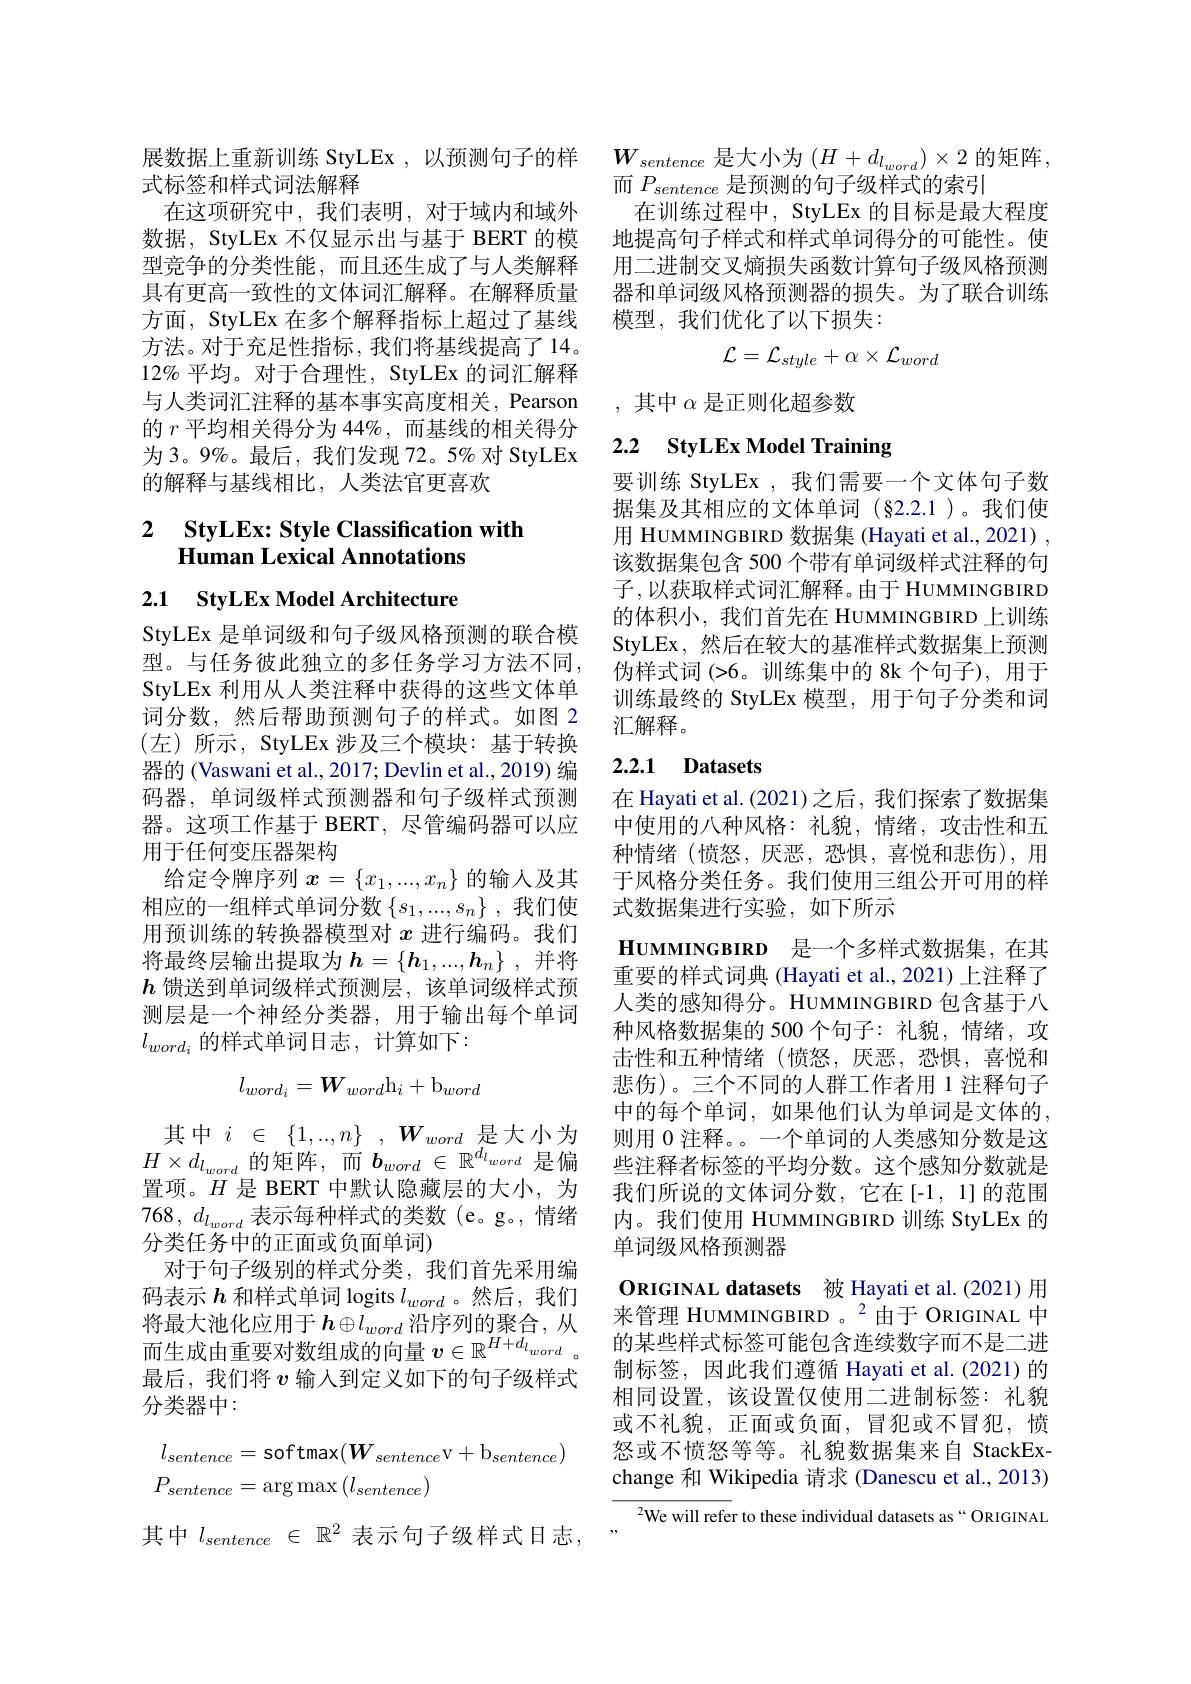
展数据上重新训练 StyLEx , 以预测句子的样
式标签和样式词法解释
在这项研究中，我们表明，对于域内和域外数据，StyLEx 不仅显示出与基于 BERT 的模型竞争的分类性能，而且还生成了与人类解释具有更高一致性的文体词汇解释。在解释质量方面，StyLEx 在多个解释指标上超过了基线方法。对于充足性指标，我们将基线提高了14。$12\%$平均。对于合理性，StyLEx 的词汇解释与人类词汇注释的基本事实高度相关，Pearson 的$r$平均相关得分为 44%,而基线的相关得分为 3。9%。最后，我们发现 72。5% 对 StyLEx 的解释与基线相比，人类法官更喜欢

### 2 $\textbf{StyLEx: Style Classification with}$ Human Lexical Annotations

2.1 StyLEx Model Architecture

StyLEx 是单词级和句子级风格预测的联合模型。与任务彼此独立的多任务学习方法不同， StyLEx 利用从人类注释中获得的这些文体单词分数，然后帮助预测句子的样式。如图 2 (左)所示，StyLEx 涉及三个模块：基于转换器的 (Vaswani et al., 2017; Devlin et al., 2019) 编码器，单词级样式预测器和句子级样式预测器。这项工作基于 BERT, 尽管编码器可以应用于任何变压器架构
给定令牌序列$x=\{x_1,...,x_n\}$的输人及其相应的一组样式单词分数$\{s_1,...,s_n\}$,我们使用预训练的转换器模型对$x$进行编码。我们将最终层输出提取为$h=\{\boldsymbol{h}_1,...,\boldsymbol{h}_n\}$ ,并将$h$馈送到单词级样式预测层，该单词级样式预测层是一个神经分类器，用于输出每个单词$l_{word_i}$的样式单词日志，计算如下：
$$l_{word_i}=W_{word}\mathrm{h}_i+\mathrm{b}_{word}$$
其中$i\in\{1,...,n\},W_{word}$是大小为$H\times d_{l_{word}}$的矩阵，而$b_word\in\mathbb{R}^{d_{l_{word}}}$是偏置项。$H$是 BERT 中默认隐藏层的大小，为768, $d_{l_{word}}$表示每种样式的类数(e。g。,情绪分类任务中的正面或负面单词)
对于句子级别的样式分类，我们首先采用编码表示$h$和样式单词 logits $l_{word}$。然后，我们将最大池化应用于$h\oplus l_{word}$沿序列的聚合，从而生成由重要对数组成的向量$v\in\mathbb{R}^H+d_{l_{word}}$。最后，我们将$v$ 输入到定义如下的句子级样式分类器中：
$$\begin{aligned}&l_{sentence}=\mathrm{softmax}(W_{sentence}\mathrm{v}+\mathrm{b}_{sentence})\\&P_{sentence}=\arg\max\left(l_{sentence}\right)\end{aligned}$$
其中$l_{sentence}\in\mathbb{R}^{2}$表示句子级样式日志，”

$W_{sentence}$是大小为$(H+d_l_{word})\times2$的矩阵，
而$P_{sentence}$是预测的句子级样式的索引
在训练过程中，StyLEx 的目标是最大程度地提高句子样式和样式单词得分的可能性。使用二进制交叉熵损失函数计算句子级风格预测器和单词级风格预测器的损失。为了联合训练模型，我们优化了以下损失：
$$\mathcal{L}=\mathcal{L}_{style}+\alpha\times\mathcal{L}_{word}$$
,其中$\alpha$是正则化超参数

# 2.2 StyLEx Model Training

要训练 StyLEx , 我们需要一个文体句子数据集及其相应的文体单词(§2.2.1)。我们使用 HUMMINGBIRD 数据集 (Hayati et al., 2021) , 该数据集包含 500 个带有单词级样式注释的句子，以获取样式词汇解释。由于 HUMMINGBIRD 的体积小，我们首先在 HUMMINGBIRD 上训练StyLEx,然后在较大的基准样式数据集上预测伪样式词 (>6。训练集中的 8k 个句子),用于训练最终的 StyLEx 模型，用于句子分类和词汇解释。

## 2.2.1 Datasets

在 Hayati et al. (2021)之后，我们探索了数据集中使用的八种风格：礼貌，情绪，攻击性和五种情绪(愤怒，厌恶，恐惧，喜悦和悲伤),用于风格分类任务。我们使用三组公开可用的样式数据集进行实验，如下所示

$\mathbf{H}\mathbf{U}\mathbf{M}\mathbf{I}\mathbf{N}\mathbf{G}\mathbf{B}\mathbf{I}\mathbf{R}\mathbf{D}$是一个多样式数据集，在其重要的样式词典 (Hayati et al.,2021) 上注释了人类的感知得分。HUMMINGBIRD 包含基于八种风格数据集的 500 个句子：礼貌，情绪，攻击性和五种情绪(愤怒，厌恶，恐惧，喜悦和悲伤)。三个不同的人群工作者用 1 注释句子中的每个单词，如果他们认为单词是文体的， 则用0注释。一个单词的人类感知分数是这些注释者标签的平均分数。这个感知分数就是我们所说的文体词分数，它在[-1,1]的范围内。我们使用 HUMMINGBIRD 训练 StyLEx 的单词级风格预测器
ORIGINAL datasets 被 Hayati et al.(2021) 用来管理 HUMMINGBIRD 。$^{2}$由于 ORIGINAL 中的某些样式标签可能包含连续数字而不是二进制标签，因此我们遵循 Hayati et al.(2021)的相同设置，该设置仅使用二进制标签：礼貌或不礼貌，正面或负面，冒犯或不冒犯，愤怒或不愤怒等等。礼貌数据集来自 StackExchange 和 Wikipedia 请求 (Danescu et al., 2013) We will refer to these individual datasets as“ORIGINAL